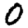
Digit: 0